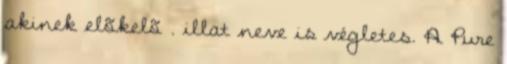
akinek elõkelõ . illat neve is végletes. A Pure